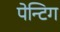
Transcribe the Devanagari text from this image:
पेन्टिग